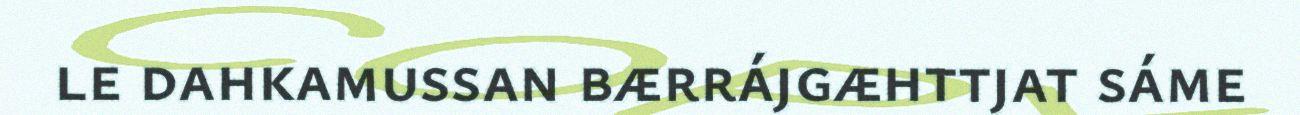
le dahkamussan bærrájgæhttjat sáme